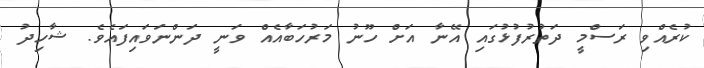
ކުރެއްވި ރަސްމީ ދަތުރުފުޅުގައި އޭނާ އަށް ހޫނު މަރުހަބާއެއް ވަނީ ދަންނަވައިފައެވެ. ޝާހިދު